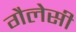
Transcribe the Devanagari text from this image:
गैलेसी